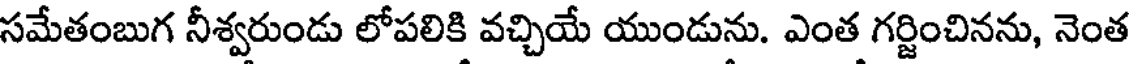
సమేతంబుగ నీశ్వరుండు లోపలికి వచ్చియే యుండును. ఎంత గర్జించినను, నెంత